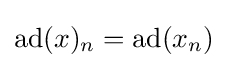
\operatorname {ad} (x)_{n}=\operatorname {ad} (x_{n})